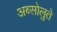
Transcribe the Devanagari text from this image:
अब्सोलुते